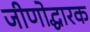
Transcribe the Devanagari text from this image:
जीणोद्धारक